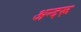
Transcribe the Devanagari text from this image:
अन्दरू